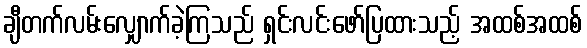
ချီတက်လမ်းလျှောက်ခဲ့ကြသည် ရှင်းလင်းဖော်ပြထားသည့် အထစ်အထစ်